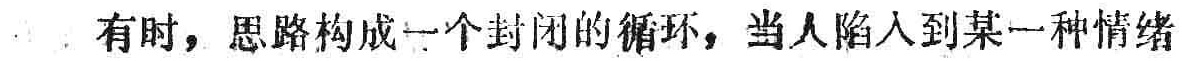
有时，思路构成一个封闭的循环，当人陷入到某一种情绪